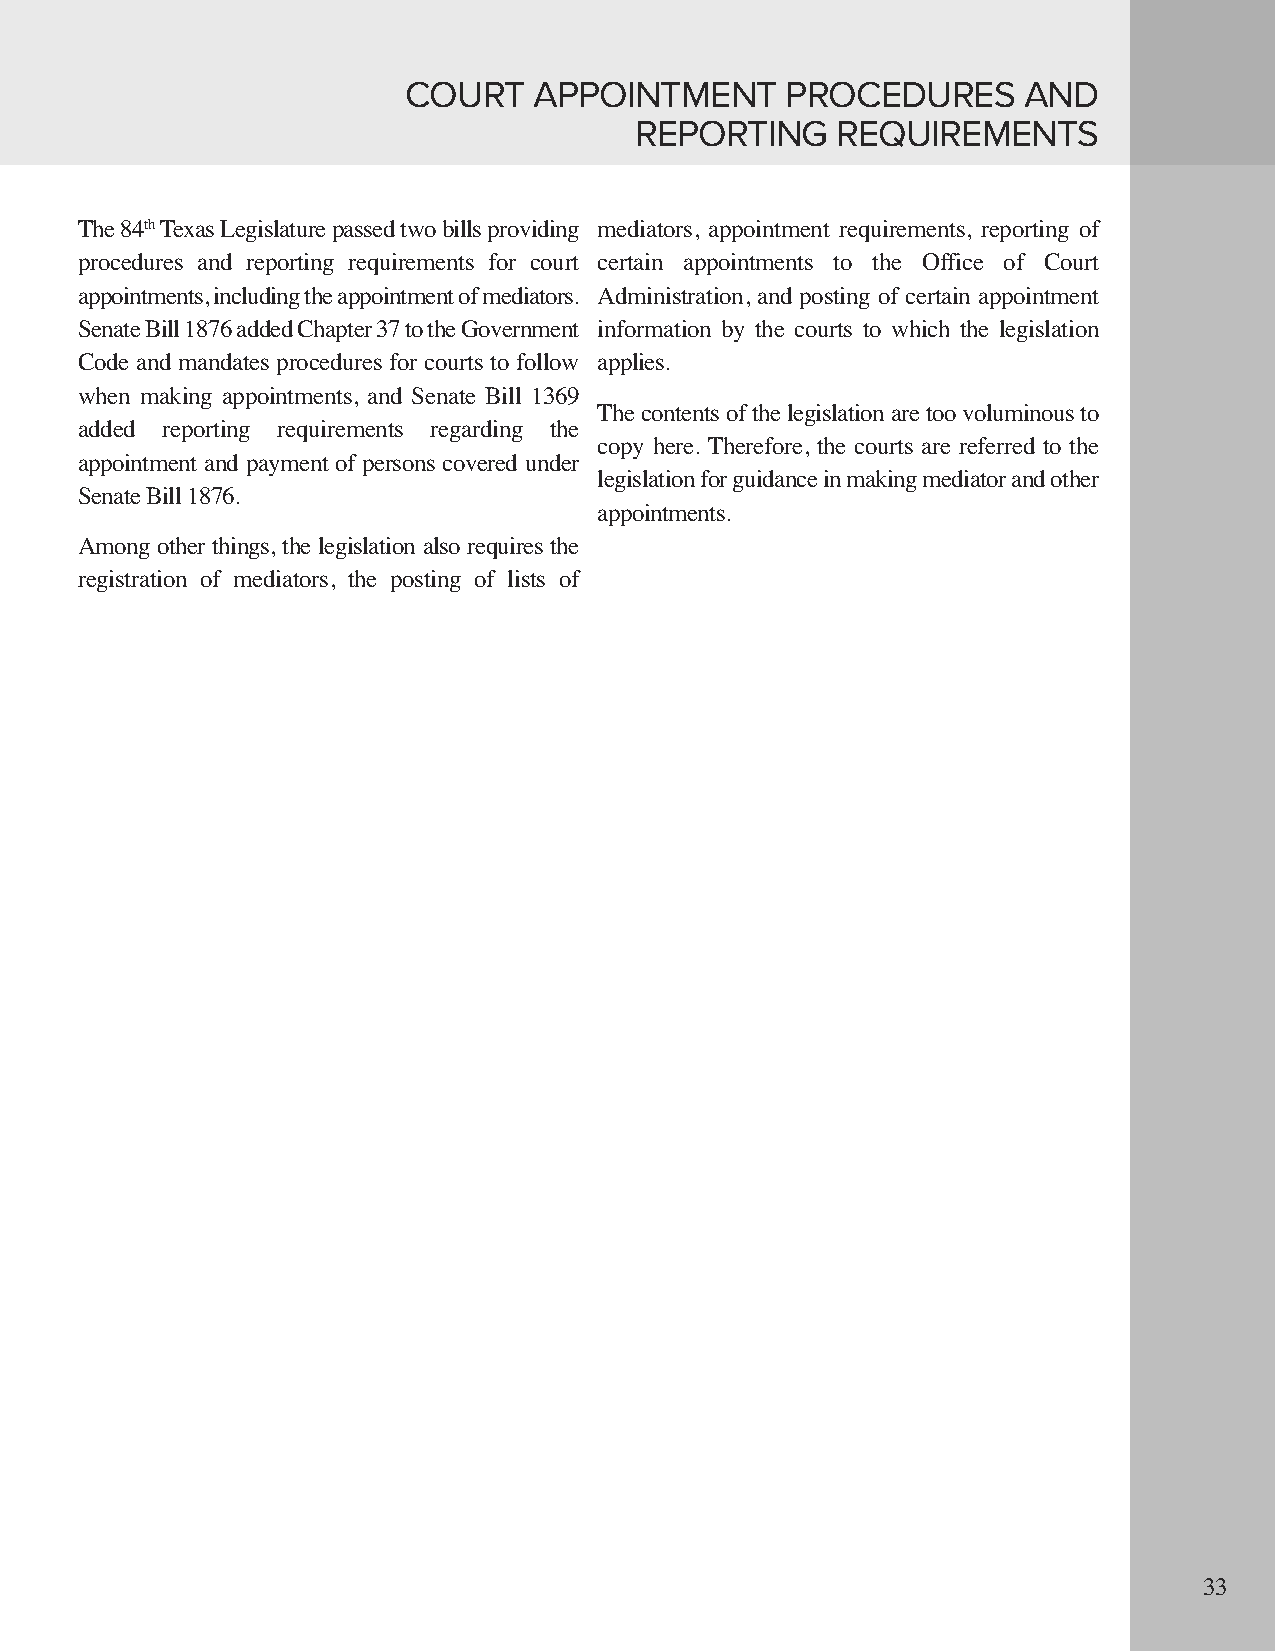
COURT   APPOINTMENT      PROCEDURES      AND
 REPORTING    REQUIREMENTS
 th
 The 84 Texas Legislature passed two bills providing mediators, appointment requirements, reporting of
 procedures and reporting requirements for court certain appointments to the Office of Court
 appointments, including the appointment of mediators. Administration, and posting of certain appointment
 Senate Bill 1876 added Chapter 37 to the Government information by the courts to which the legislation
 Code and mandates procedures for courts to follow applies.
 when making appointments, and Senate Bill 1369
 The contents of the legislation are too voluminous to
 added reporting requirements regarding the
 copy here. Therefore, the courts are referred to the
 appointment and payment of persons covered under
 legislation for guidance in making mediator and other
 Senate Bill 1876.
 appointments.
 Among other things, the legislation also requires the
 registration of mediators, the posting of lists of
 33